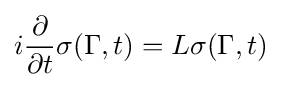
i{\frac {\partial }{\partial t}}\sigma (\Gamma ,t)=L\sigma (\Gamma ,t)